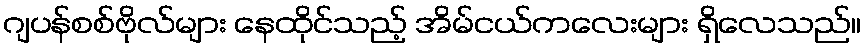
ဂျပန်စစ်ဗိုလ်များ နေထိုင်သည့် အိမ်ငယ်ကလေးများ ရှိလေသည်။